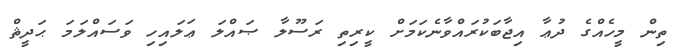
ތިން މީހެއްގެ ދުޢާ އިޖާބަކުރައްވާނެކަމަށް ކީރިތި ރަސޫލާ ޞައްލަ ޢަލައިހި ވަސައްލަމަ ޙަދީޘް